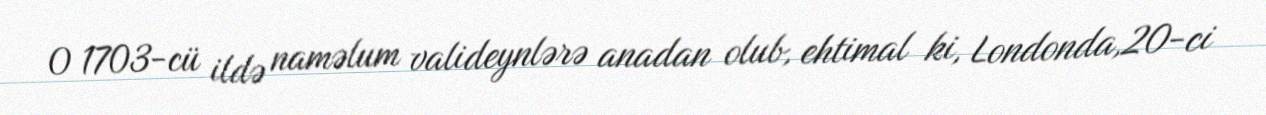
O 1703-cü ildə naməlum valideynlərə anadan olub, ehtimal ki, Londonda,20-ci